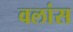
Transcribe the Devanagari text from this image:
वलांस